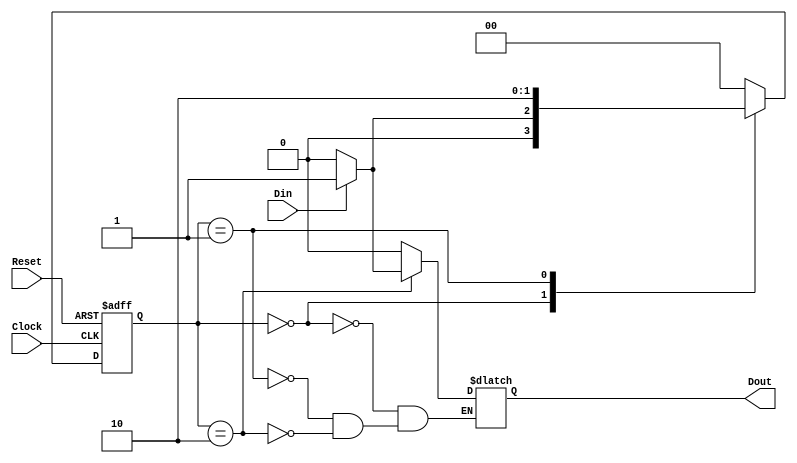
module fsm1_behavioral (output reg Dout,
	 		input wire Clock, Reset, Din);
	
	reg [1:0] current_state, next_state;
	parameter Start = 2'b00,
		  Midway = 2'b01,
		  Done = 2'b10;

	// Apothikeush Katastashs---------------------------------
	always @ (posedge Clock or negedge Reset)
	 begin: STATE_MEMORY
	  if (!Reset)
		current_state <= Start;
	  else
		current_state <= next_state;
	end

	// Gia Epomenh Katastash--------------------------------------
	always @ (current_state or Din)
	 begin: NEXT_STATE_LOGIC
	  case (current_state)
	   Start : if (Din==1'b1) next_state = Midway;
		   else next_state = Start;
	   Midway : next_state = Done;
	   Done : next_state = Start;
	   default : next_state = Start;
	  endcase
	end

	// Exodos-------------------------------------------------------
	always @ (current_state or Din)
	 begin: OUTPUT_LOGIC
	  case (current_state)
	   Start : Dout = 1'b0;
	   Midway : Dout = 1'b0;
	   Done : if (Din==1) Dout=1'b1;
		  else Dout = 1'b0;
	  endcase
	end

endmodule